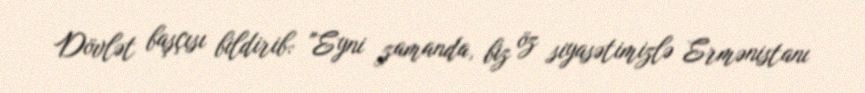
Dövlət başçısı bildirib: "Eyni zamanda, biz öz siyasətimizlə Ermənistanı